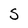
Character: S